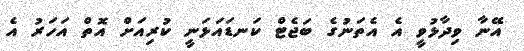
އޭނާ ވިދާޅުވީ އެ އެތަނުގެ ބަޖެޓް ކަނޑައަޅަނީ ކުރިއަށް އޮތް އަހަރު އެ